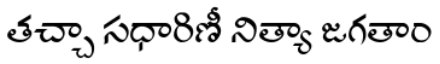
తచ్చా సధారిణీ నిత్యా జగతాం